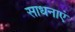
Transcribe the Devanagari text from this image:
साधनाएं